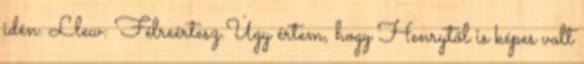
idén. Llew: Félreértesz.Úgy értem, hogy Henrytől is képes volt